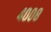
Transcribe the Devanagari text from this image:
४००८